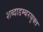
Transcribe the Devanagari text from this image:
शब्दाडम्बरयुक्त